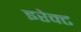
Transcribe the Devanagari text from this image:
इरेक्ट